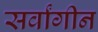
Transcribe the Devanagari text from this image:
सर्वांगीन